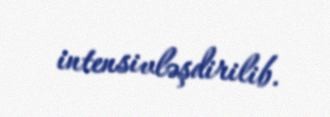
intensivləşdirilib.